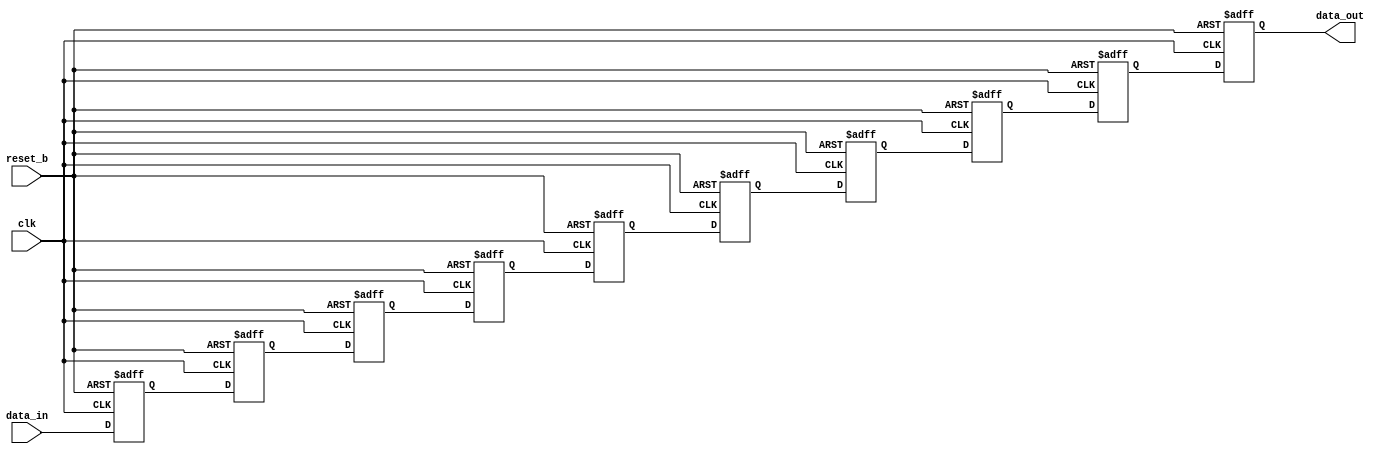
//author:  ,  - ...
`timescale 1ns / 1ns
module delay_rg
   #(parameter W = 16,         //     
     parameter D = 10)         // 
   (input reset_b,
    input clk,
	input [W-1:0] data_in,     //  
    output [W-1:0] data_out);   //  


	reg [W-1:0] rg [0:D-1]; 
	always @ (posedge clk, negedge reset_b) begin : delay_line
	integer i;
		if(~reset_b) begin
			for(i=0; i<D; i=i+1)
				rg[i] <= {(W){1'b0}};
		end else begin
		    rg[0] <= data_in;
			for(i=0; i<(D-1); i=i+1)
				rg[i+1] <= rg[i];
		end
	end

	assign data_out = rg[D-1];
	
endmodule